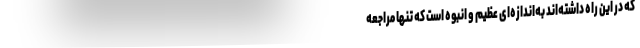
که در این راه داشته‌اند به‌اندازه‌ای عظیم و انبوه است که تنها مراجعه